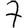
Digit: 7